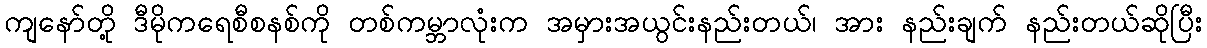
ကျနော်တို့ ဒီမိုကရေစီစနစ်ကို တစ်ကမ္ဘာလုံးက အမှားအယွင်းနည်းတယ်၊ အား နည်းချက် နည်းတယ်ဆိုပြီး